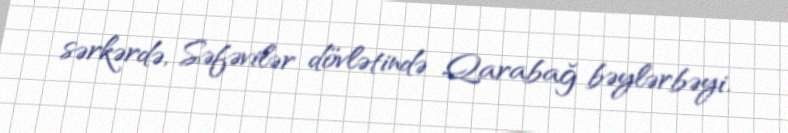
sərkərdə, Səfəvilər dövlətində Qarabağ bəylərbəyi.